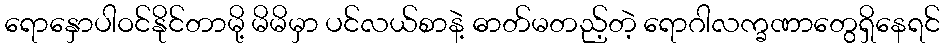
ရောနှောပါဝင်နိုင်တာမို့ မိမိမှာ ပင်လယ်စာနဲ့ ဓာတ်မတည့်တဲ့ ရောဂါလက္ခဏာတွေရှိနေရင်